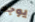
يوجد